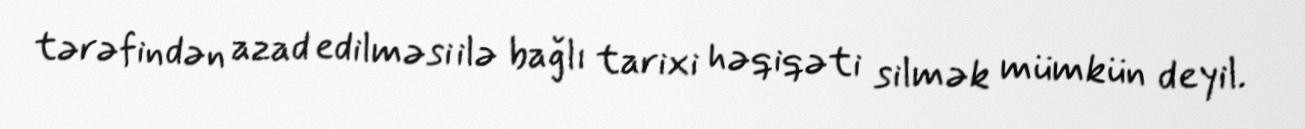
tərəfindən azad edilməsi ilə bağlı tarixi həqiqəti silmək mümkün deyil.